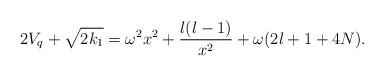
LaTeX: \begin{align*}2 V_q + \sqrt{2k_1} = \omega^2 x^2 + \frac{l(l-1)}{x^2} + \omega(2l+1+4N).\end{align*}